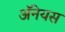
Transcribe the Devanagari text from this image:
अॅनेयस